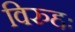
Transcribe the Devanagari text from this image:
विरुद्दः